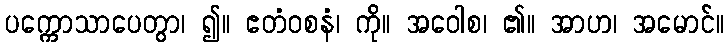
ပက္ကောသာပေတွာ၊ ၍။ ဧတံဝစနံ၊ ကို။ အဝေါစ၊ ၏။ အာဟ၊ အမောင်။